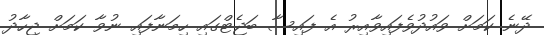
ދޭނެ ކަމަށް ވައުދުވެފައިވާއިރު އެ ފައިސާ ބަޖެޓްގައި ހިމަނާފައި ނުވާ ކަމަށް ޖިހާދު